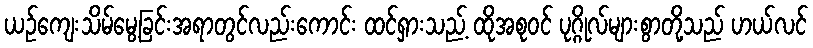
ယဉ်ကျေးသိမ်မွေ့ခြင်းအရာတွင်လည်းကောင်း ထင်ရှားသည့် ထိုအစုဝင် ပုဂ္ဂိုလ်များစွာတို့သည် ဟယ်လင်